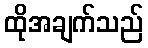
ထိုအချက်သည်